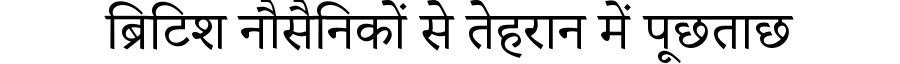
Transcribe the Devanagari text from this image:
ब्रिटिश नौसैनिकों से तेहरान में पूछताछ